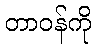
တာဝန်ကို